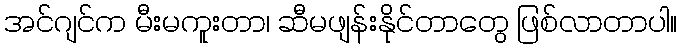
အင်ဂျင်က မီးမကူးတာ၊ ဆီမဖျန်းနိုင်တာတွေ ဖြစ်လာတာပါ။